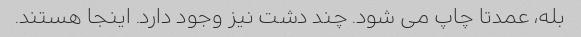
بله، عمدتا چاپ می شود. چند دشت نیز وجود دارد. اینجا هستند.